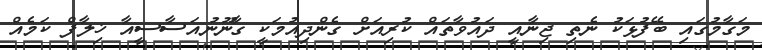
މަގާމުގައި ބޭފުޅަކު ނެތި ޖިނާއީ ދައުވާތައް ކުރިއަށް ގެންދިއުމަކީ ގާނޫނުއަސާސީއާ ޚިލާފް ކަމެއް